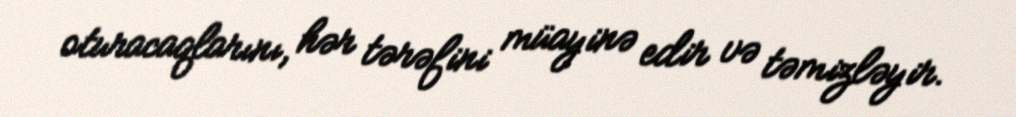
oturacaqlarını, hər tərəfini müayinə edir və təmizləyir.